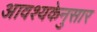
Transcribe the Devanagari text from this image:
आवश्यकेनुसार